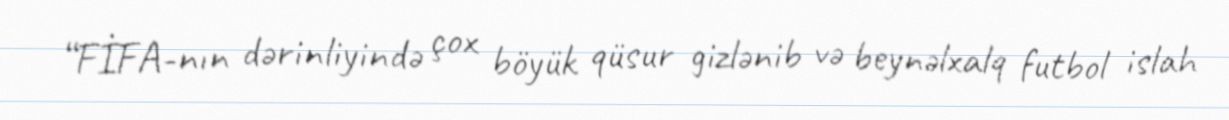
“FİFA-nın dərinliyində çox böyük qüsur gizlənib və beynəlxalq futbol islah